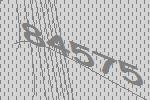
84575